Indian journal of veterinary science and animal husbandry - Volume 11,
Year: 1941
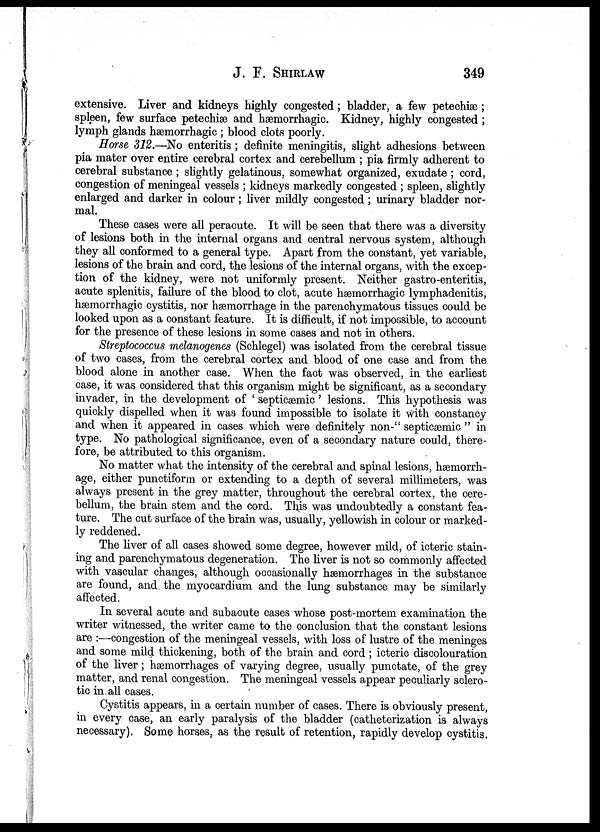
J. F. SHIRLAW 349
extensive. Liver and kidneys highly congested; bladder, a few petechiæ;
spleen, few surface petechiæ and hæmorrhagic. Kidney, highly congested ;
lymph glands hæmorrhagic ; blood clots poorly.
Horse 312.—No enteritis ; definite meningitis, slight adhesions between
pia mater over entire cerebral cortex and cerebellum ; pia firmly adherent to
cerebral substance ; slightly gelatinous, somewhat organized, exudate; cord,
congestion of meningeal vessels ; kidneys markedly congested ; spleen, slightly
enlarged and darker in colour; liver mildly congested; urinary bladder nor-
mal.
These cases were all peracute. It will be seen that there was a diversity
of lesions both in the internal organs and central nervous system, although
they all conformed to a general type. Apart from the constant, yet variable,
lesions of the brain and cord, the lesions of the internal organs, with the excep-
tion of the kidney, were not uniformly present. Neither gastro-enteritis,
acute splenitis, failure of the blood to clot, acute hæmorrhagic lymphadenitis,
hæmorrhagic cystitis, nor hæmorrhage in the parenchymatous tissues could be
looked upon as a constant feature. It is difficult, if not impossible, to account
for the presence of these lesions in some cases and not in others.
Streptococcus melanogenes (Schlegel) was isolated from the cerebral tissue
of two cases, from the cerebral cortex and blood of one case and from the
blood alone in another case. When the fact was observed, in the earliest
case, it was considered that this organism might be significant, as a secondary
invader, in the development of ' septicæmic' lesions. This hypothesis was
quickly dispelled when it was found impossible to isolate it with constancy
and when it appeared in cases which were definitely non-" septicæmic " in
type. No pathological significance, even of a secondary nature could, there-
fore, be attributed to this organism.
No matter what the intensity of the cerebral and spinal lesions, hæmorrh-
age, either punctiform or extending to a depth of several millimeters, was
always present in the grey matter, throughout the cerebral cortex, the cere-
bellum, the brain stem and the cord. This was undoubtedly a constant fea-
ture. The cut surface of the brain was, usually, yellowish in colour or marked-
ly reddened.
The liver of all cases showed some degree, however mild, of icteric stain-
ing and parenchymatous degeneration. The liver is not so commonly affected
with vascular changes, although occasionally hæmorrhages in the substance
are found, and the myocardium and the lung substance may be similarly
affected.
In several acute and subacute cases whose post-mortem examination the
writer witnessed, the writer came to the conclusion that the constant lesions
are :—congestion of the meningeal vessels, with loss of lustre of the meninges
and some mild thickening, both of the brain and cord; icteric discolouration
of the liver; hæmorrhages of varying degree, usually punctate, of the grey
matter, and renal congestion. The meningeal vessels appear peculiarly sclero-
tic in all cases.
Cystitis appears, in a certain number of cases. There is obviously present,
in every case, an early paralysis of the bladder (catheterization is always
necessary). Some horses, as the result of retention, rapidly develop cystitis.